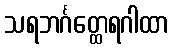
သရဘင်္ဂတ္ထေရဂါထာ